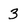
Character: 3